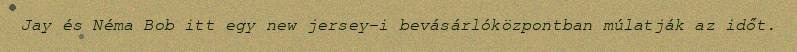
Jay és Néma Bob itt egy new jersey-i bevásárlóközpontban múlatják az időt.